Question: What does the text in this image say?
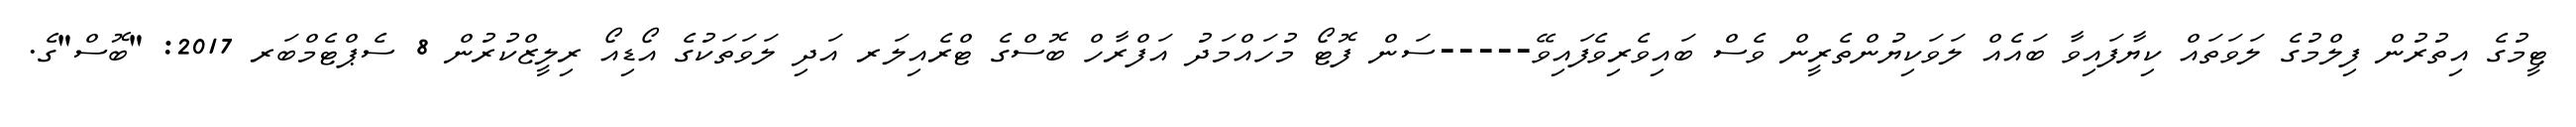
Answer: ޓީމުގެ އިތުރުން ފިލްމުގެ ލަވަތައް ކިޔާފައިވާ ބައެއް ލަވަކިޔުންތެރީން ވެސް ބައިވެރިވެފައިވޭ-----ސަން ފޮޓޯ މުހައްމަދު އަފްރާހް ބޮސްގެ ޓްރެއިލަރ އަދި ލަވަތަކުގެ އޯޑިއޯ ރިލީޒްކުރުން 8 ސެޕްޓެމްބަރ 2017: "ބޮސް"ގެ.